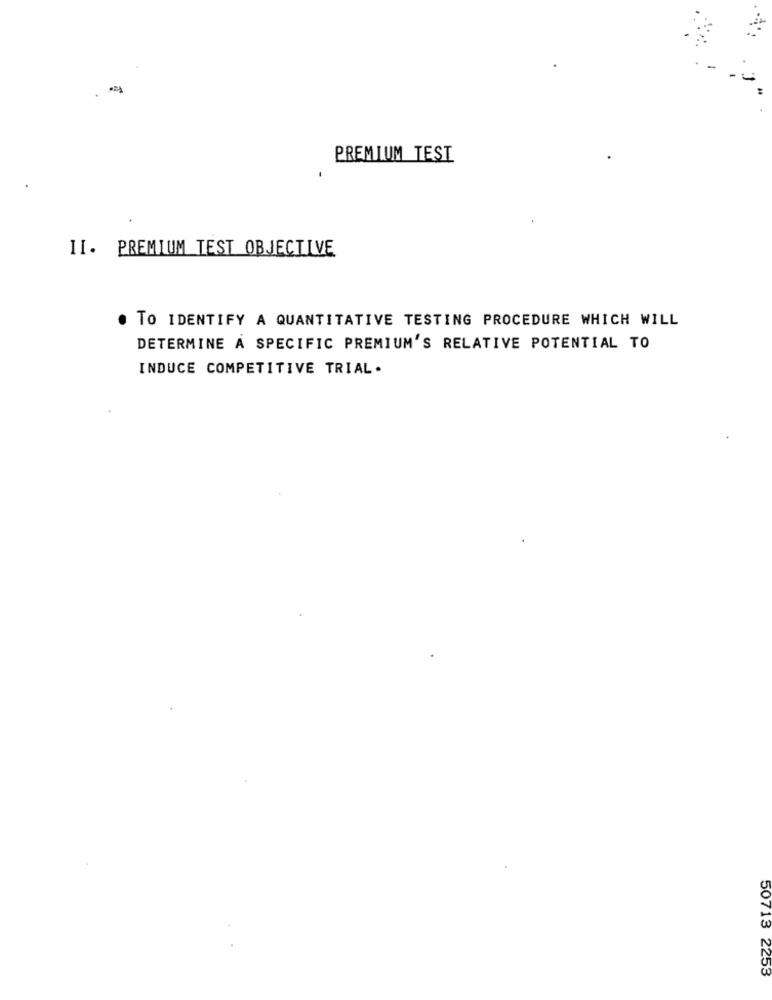
-
PREMIUM TEST
II. PREMIUM TEST OBJECTIVE
. TO IDENTIFY A QUANTITATIVE TESTING PROCEDURE WHICH WILL
DETERMINE A SPECIFIC PREMIUM'S RELATIVE POTENTIAL TO
INDUCE COMPETITIVE TRIAL.
50713 2253